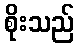
စိုးသည်